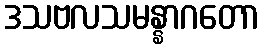
ဒသဗလသမန္နာဂတော